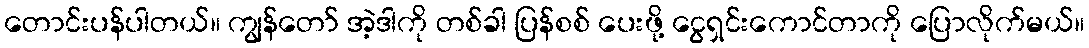
တောင်းပန်ပါတယ်။ ကျွန်တော် အဲ့ဒါကို တစ်ခါ ပြန်စစ် ပေးဖို့ ငွေရှင်းကောင်တာကို ပြောလိုက်မယ်။